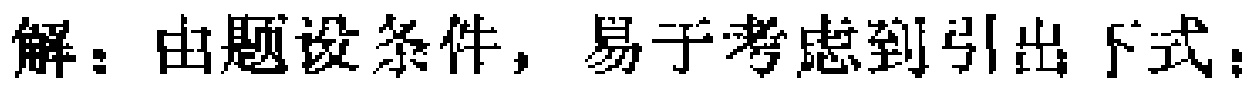
解：由题设条件，易于考虑到引出下式：